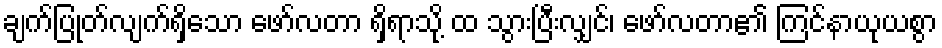
ချက်ပြုတ်လျက်ရှိသော ဖော်လတာ ရှိရာသို့ ထ သွားပြီးလျှင်၊ ဖော်လတာ၏ ကြင်နာယုယစွာ